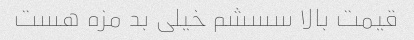
قیمت بالا سسشم خیلی بد مزه هست